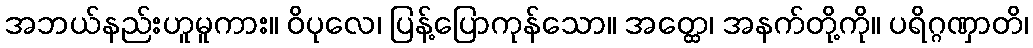
အဘယ်နည်းဟူမူကား။ ဝိပုလေ၊ ပြန့်ပြောကုန်သော။ အတ္ထေ၊ အနက်တို့ကို။ ပရိဂ္ဂဏှာတိ၊